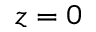
z = 0